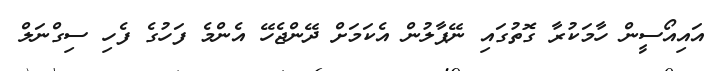
އައިއޯސީން ހާމަކުރާ ގޮތުގައި ނޭޕާލުން އެކަމަށް ދޭންޖެހޭ އެންމެ ފަހުގެ ފެހި ސިގްނަލް